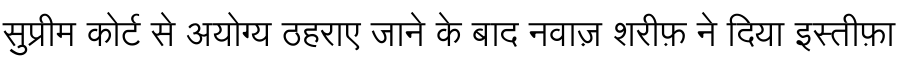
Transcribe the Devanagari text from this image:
सुप्रीम कोर्ट से अयोग्य ठहराए जाने के बाद नवाज़ शरीफ़ ने दिया इस्तीफ़ा